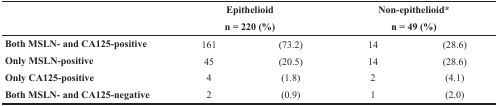
<table><thead><tr><td></td><td colspan="2"><b>Epithelioid n = 220 (%)</b></td><td colspan="2"><b>Non-epithelioid* n = 49 (%)</b></td></tr></thead><tbody><tr><td><b>Both MSLN- and CA125-positive</b></td><td>161</td><td>(73.2)</td><td>14</td><td>(28.6)</td></tr><tr><td><b>Only MSLN-positive</b></td><td>45</td><td>(20.5)</td><td>14</td><td>(28.6)</td></tr><tr><td><b>Only CA125-positive</b></td><td>4</td><td>(1.8)</td><td>2</td><td>(4.1)</td></tr><tr><td><b>Both MSLN- and CA125-negative</b></td><td>2</td><td>(0.9)</td><td>1</td><td>(2.0)</td></tr></tbody></table>